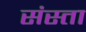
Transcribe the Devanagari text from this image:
संस्ता